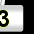
Digit: 3